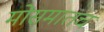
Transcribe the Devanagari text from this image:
मोसमातच